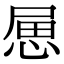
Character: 𢛥